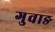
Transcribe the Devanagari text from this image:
गुवाङ